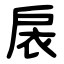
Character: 扆